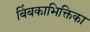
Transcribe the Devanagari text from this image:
बिंबकाभिक्तिका